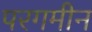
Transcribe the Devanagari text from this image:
परगमीन